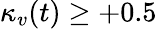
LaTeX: \kappa_{v}(t)\geq+0.5